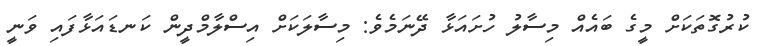
ކުރުގޮތަކަށް މީގެ ބައެއް މިސާލު ހުށައަޅާ ދޭނަމެވެ: މިސާލަކަށް އިސްލާމްދީން ކަނޑައަޅާފައި ވަނީ